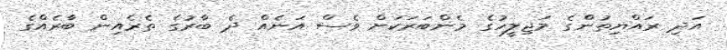
އަދި ރައްޔިތުންގެ މަޖިލީހުގެ މެންބަރަކަށް ވެސް އަނެއް ދެ ބާރުގެ ތެރެއިން ބާރެއްގެ